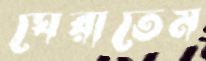
ঘেরাতেম